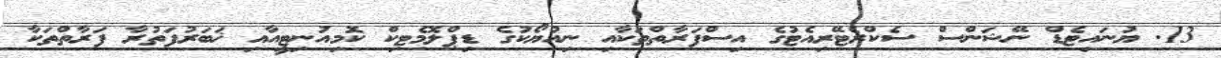
13. ޔުނައިޓެޑް ނޭޝަންސް ސެކްރެޓޭރިއެޓުގެ އިސްފަރާތްތަކާއި ނިއުޔޯކުގެ ޑިޕްލޮމެޓިކް ކޮމިއުނިޓީއާއި ޚަބަރުފަތުރާ ފަރާތްތަކާ